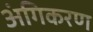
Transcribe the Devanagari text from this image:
अंगिकरण